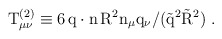
\begin{align*}\rm T_{\mu\nu}^{(2)} \equiv 6\,q\cdot n\,R^2 n_\mu q_\nu / (\vec{q}^2 \vec{R}^2 )~.\end{align*}